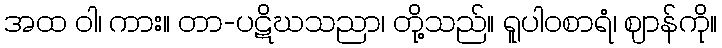
အထ ဝါ၊ ကား။ တာ-ပဋိဃသညာ၊ တို့သည်။ ရူပါဝစာရံ၊ ဈာန်ကို။